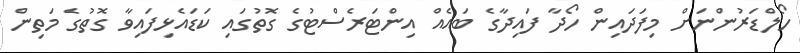
ހޯލްޑަރުންނަށް މިފަދައިން ހޯދާ ފައިދާގެ ބައެއް އިންޓަރެސްޓުގެ ގޮތުގައި ކަޑައެޅިފައިވާ ގޮތުގެ މަތިން